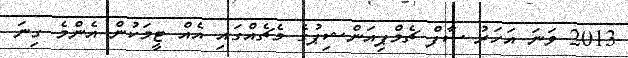
2013 ވަނަ އަހަރު ސާފް ޗެމްޕިއަންޝިޕުގެ މެޗެއްގައި އެއް ޓީމަކުން އެންމެ ގިނަ